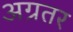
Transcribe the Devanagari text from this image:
अग्रतर